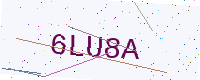
Text: 6LU8A